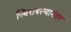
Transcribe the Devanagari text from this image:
स्थिरावल्यानंतर